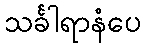
သင်္ခါရာနံပေ